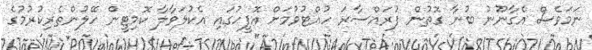
ނަމަވެސް އެގާނޫނު ބުނާ ގޮތުން ފުރައްސާރަ ހުއްޓުވުމަށް އޮފީހުގައި އެކުލަވާލާ ކޮމިޓީން ހޭލުންތެރިކުރުމުގެ